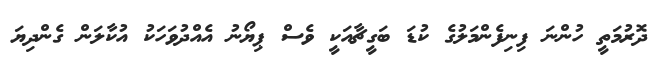
ދޮރުމަތީ ހުންނަ ފިނިފެންމަލުގެ ކުޑަ ބަގީޗާއަކީ ވެސް ޕިޔޯނު އެއްދުވަހަކު އުކާލަން ގެންދިޔަ